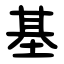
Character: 基